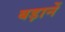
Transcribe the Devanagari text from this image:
बड़ानें